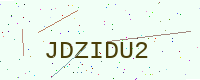
Text: JDZIDU2